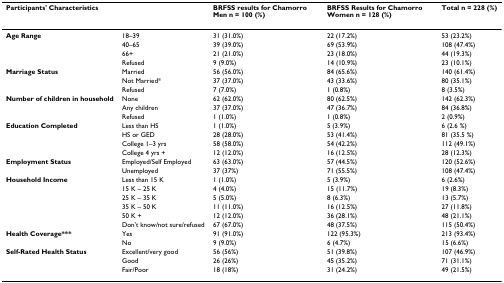
<table><thead><tr><td colspan="2"><b>Participants&#x27; Characteristics</b></td><td><b>BRFSS results for Chamorro Men n = 100 (%)</b></td><td><b>BRFSS Results for Chamorro Women n = 128 (%)</b></td><td><b>Total n = 228 (%)</b></td></tr></thead><tbody><tr><td><b>Age Range</b></td><td>18–39</td><td>31 (31.0%)</td><td>22 (17.2%)</td><td>53 (23.2%)</td></tr><tr><td></td><td>40–65</td><td>39 (39.0%)</td><td>69 (53.9%)</td><td>108 (47.4%)</td></tr><tr><td></td><td>66+</td><td>21 (21.0%)</td><td>23 (18.0%)</td><td>44 (19.3%)</td></tr><tr><td></td><td>Refused</td><td>9 (9.0%)</td><td>14 (10.9%)</td><td>23 (10.1%)</td></tr><tr><td><b>Marriage Status</b></td><td>Married</td><td>56 (56.0%)</td><td>84 (65.6%)</td><td>140 (61.4%)</td></tr><tr><td></td><td>Not Married*</td><td>37 (37.0%)</td><td>43 (33.6%)</td><td>80 (35.1%)</td></tr><tr><td></td><td>Refused</td><td>7 (7.0%)</td><td>1 (0.8%)</td><td>8 (3.5%)</td></tr><tr><td><b>Number of children in household</b></td><td>None</td><td>62 (62.0%)</td><td>80 (62.5%)</td><td>142 (62.3%)</td></tr><tr><td></td><td>Any children</td><td>37 (37.0%)</td><td>47 (36.7%)</td><td>84 (36.8%)</td></tr><tr><td></td><td>Refused</td><td>1 (1.0%)</td><td>1 (0.8%)</td><td>2 (0.9%)</td></tr><tr><td><b>Education Completed</b></td><td>Less than HS</td><td>1 (1.0%)</td><td>5 (3.9%)</td><td>6 (2.6 %)</td></tr><tr><td></td><td>HS or GED</td><td>28 (28.0%)</td><td>53 (41.4%)</td><td>81 (35.5 %)</td></tr><tr><td></td><td>College 1–3 yrs</td><td>58 (58.0%)</td><td>54 (42.2%)</td><td>112 (49.1%)</td></tr><tr><td></td><td>College 4 yrs +</td><td>12 (12.0%)</td><td>16 (12.5%)</td><td>28 (12.3%)</td></tr><tr><td><b>Employment Status</b></td><td>Employed/Self Employed</td><td>63 (63.0%)</td><td>57 (44.5%)</td><td>120 (52.6%)</td></tr><tr><td></td><td>Unemployed</td><td>37 (37%)</td><td>71 (55.5%)</td><td>108 (47.4%)</td></tr><tr><td><b>Household Income</b></td><td>Less than 15 K</td><td>1 (1.0%)</td><td>5 (3.9%)</td><td>6 (2.6%)</td></tr><tr><td></td><td>15 K – 25 K</td><td>4 (4.0%)</td><td>15 (11.7%)</td><td>19 (8.3%)</td></tr><tr><td></td><td>25 K – 35 K</td><td>5 (5.0%)</td><td>8 (6.3%)</td><td>13 (5.7%)</td></tr><tr><td></td><td>35 K – 50 K</td><td>11 (11.0%)</td><td>16 (12.5%)</td><td>27 (11.8%)</td></tr><tr><td></td><td>50 K +</td><td>12 (12.0%)</td><td>36 (28.1%)</td><td>48 (21.1%)</td></tr><tr><td></td><td>Don&#x27;t know/not sure/refused</td><td>67 (67.0%)</td><td>48 (37.5%)</td><td>115 (50.4%)</td></tr><tr><td><b>Health Coverage***</b></td><td>Yes</td><td>91 (91.0%)</td><td>122 (95.3%)</td><td>213 (93.4%)</td></tr><tr><td></td><td>No</td><td>9 (9.0%)</td><td>6 (4.7%)</td><td>15 (6.6%)</td></tr><tr><td><b>Self-Rated Health Status</b></td><td>Excellent/very good</td><td>56 (56%)</td><td>51 (39.8%)</td><td>107 (46.9%)</td></tr><tr><td></td><td>Good</td><td>26 (26%)</td><td>45 (35.2%)</td><td>71 (31.1%)</td></tr><tr><td></td><td>Fair/Poor</td><td>18 (18%)</td><td>31 (24.2%)</td><td>49 (21.5%)</td></tr></tbody></table>